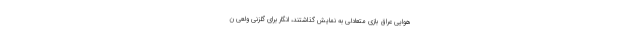
هوایی عراق بازی متعادلی به نمایش گذاشتند، انگار برای گلزنی ولعی ن